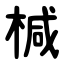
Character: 椷